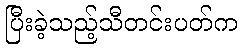
ပြီးခဲ့သည့်သီတင်းပတ်က